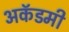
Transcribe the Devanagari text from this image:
अकॅडमी